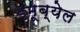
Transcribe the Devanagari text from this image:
इमूब्येल